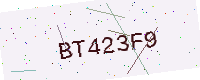
Text: BT423F9